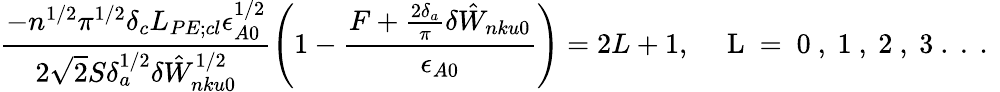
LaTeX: \frac{-n^{1/2}\pi^{1/2}\delta_{c}L_{PE;cl}\epsilon_{A0}^{1/2}}{2\sqrt{2}S\delta_{a}^{1/2}\delta{\hat{W}}_{nku0}^{1/2}}\left(1-\frac{F+\frac{2\delta_{a}}{\pi}\delta{\hat{W}}_{nku0}}{\epsilon_{A0}}\right)=2L+1,{\quad\mathrm{~L~=~0~,~1~,~2~,~3~.~.~.~}}